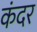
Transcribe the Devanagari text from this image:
कंदर